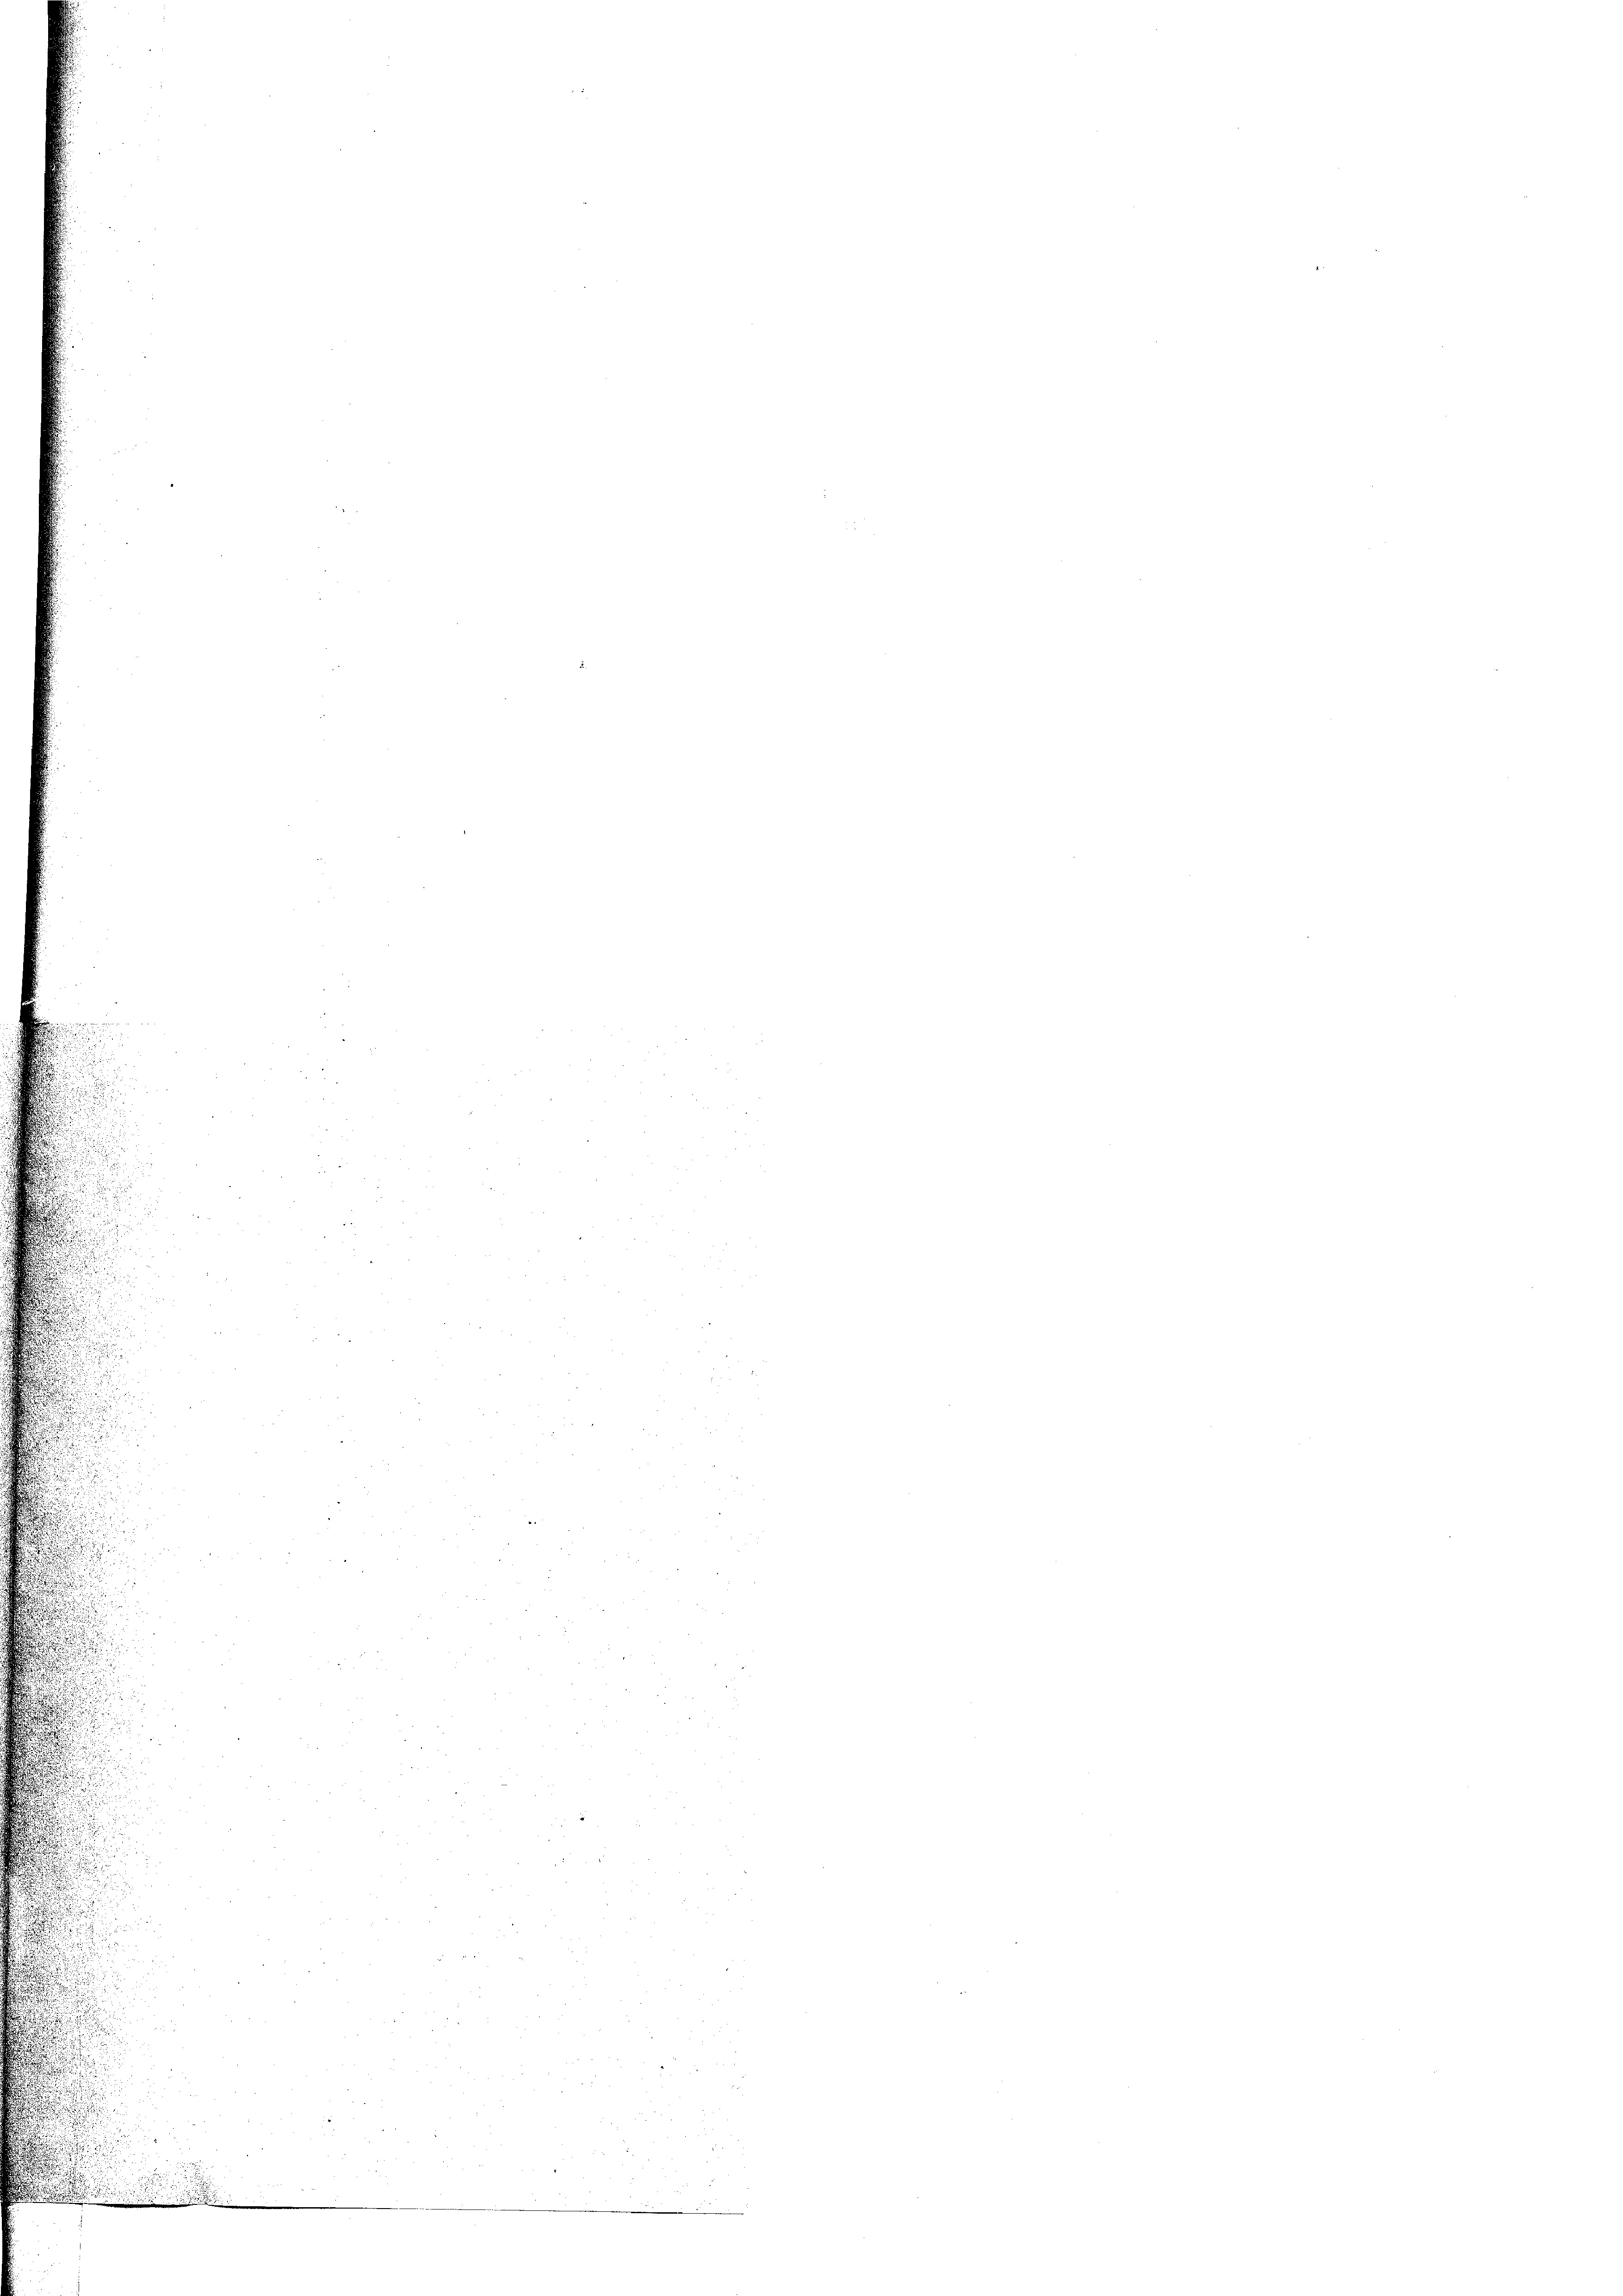
d